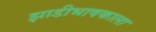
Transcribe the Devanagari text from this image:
झाडीभाषकाला